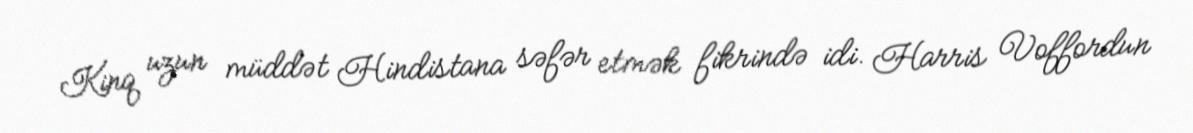
Kinq uzun müddət Hindistana səfər etmək fikrində idi. Harris Voffordun